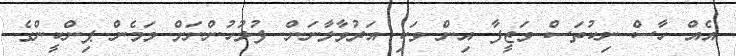
އެއް ހާސް ނިކުތަސް ވަޒީފާ އިން ވަކި އަރުވާލާނަން. ފުލުހުންނަށް މަމެން ޕިންކީންގެ